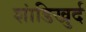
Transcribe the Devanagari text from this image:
शांडिखुर्द